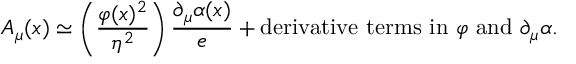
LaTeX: A _ { \mu } ( x ) \simeq \left( { \frac { \varphi ( x ) ^ { 2 } } { \eta ^ { 2 } } } \right) { \frac { \partial _ { \mu } \alpha ( x ) } { e } } + \mathrm { d e r i v a t i v e \ t e r m s \ i n \ } \varphi \mathrm { \ a n d \ } \partial _ { \mu } \alpha .